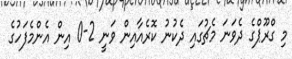
މި ގްރޫޕްގެ ދެވަނަ މެޗުގައި ދެކުނު ކޮރެއާއިން ވަނީ 2-0 އިން އެންމެފަހުގެ